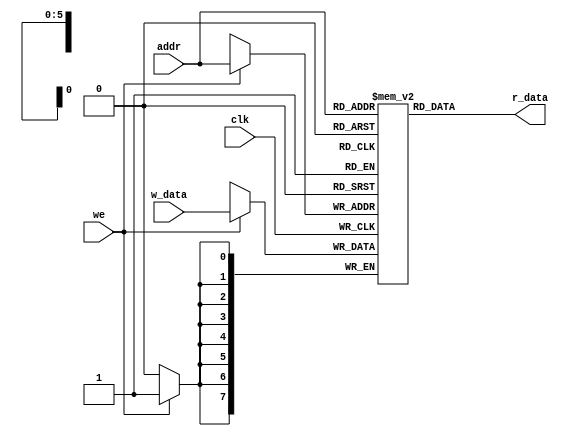
module ram_consonants (
    input [5:0] addr,
    input clk,
    input we,
    input [7:0] w_data,
    output [7:0] r_data
);

reg [7:0] memorie_consonant [63:0]; 

assign r_data = memorie_consonant[addr];

always@(posedge clk)begin
    if(we)
        memorie_consonant[addr] <= w_data;
end

endmodule